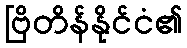
ဗြိတိန်နိုင်ငံ၏